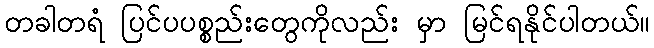
တခါတရံ ပြင်ပပစ္စည်းတွေကိုလည်း မှာ မြင်ရနိုင်ပါတယ်။